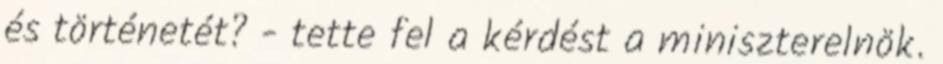
és történetét? - tette fel a kérdést a miniszterelnök.